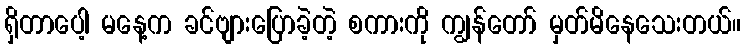
ရှိတာပေါ့ မနေ့က ခင်ဗျားပြောခဲ့တဲ့ စကားကို ကျွန်တော် မှတ်မိနေသေးတယ်။